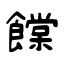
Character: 饓